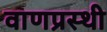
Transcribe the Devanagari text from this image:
वाणप्रस्थी